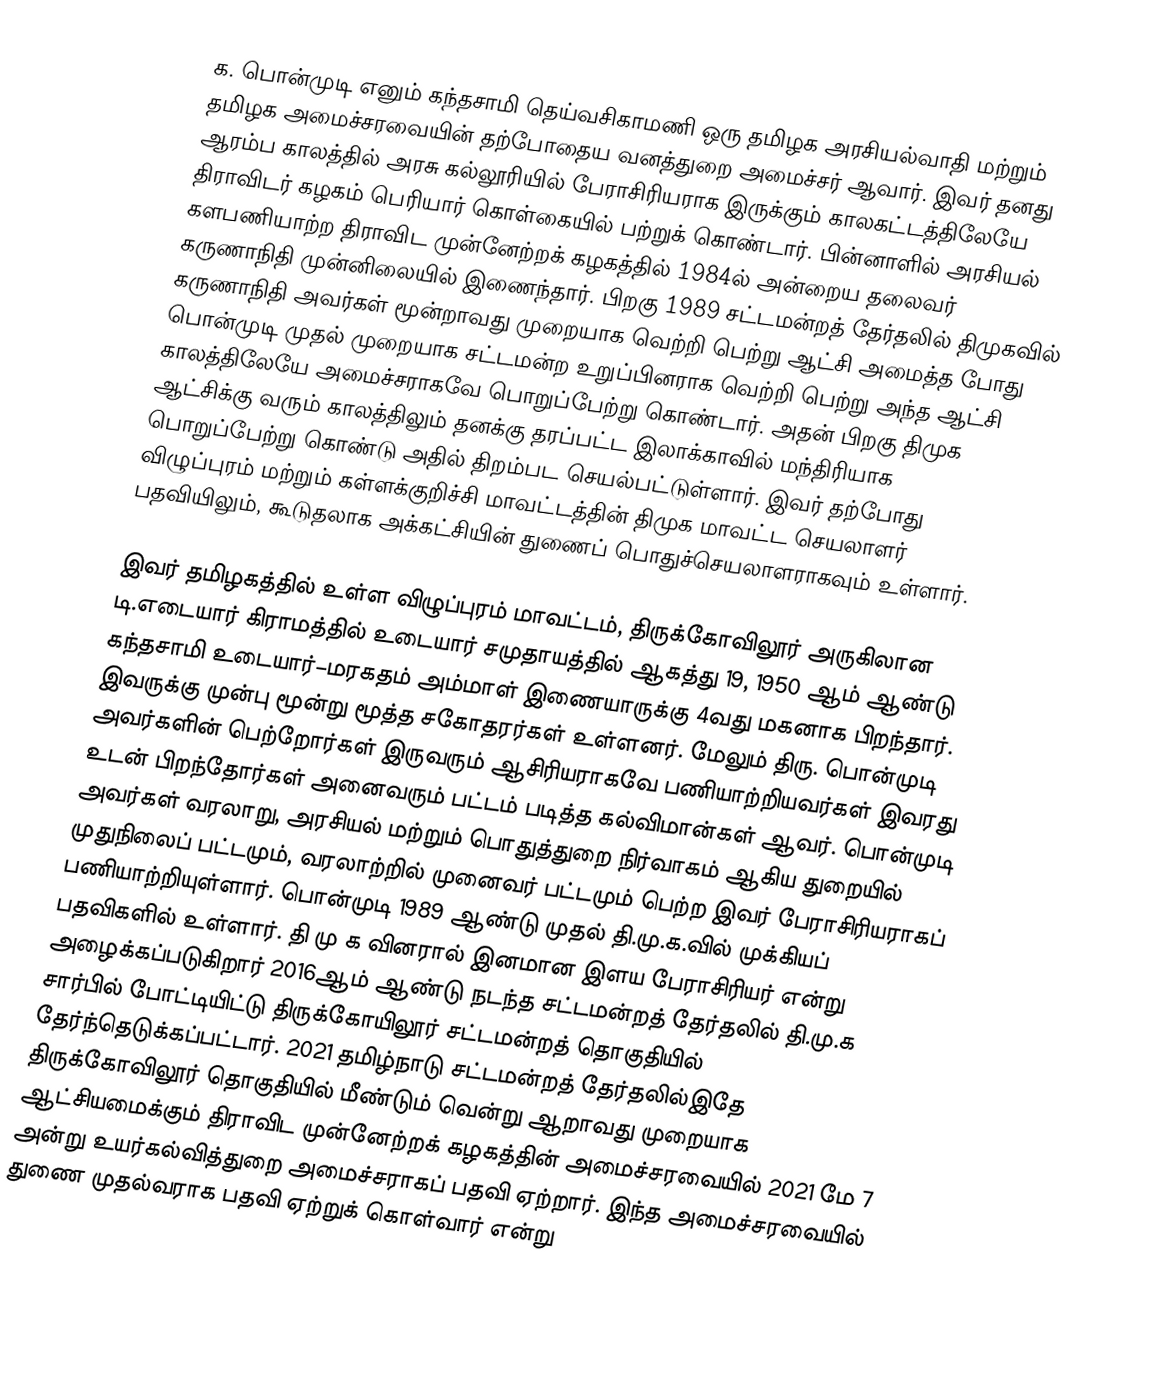
க. பொன்முடி எனும் கந்தசாமி தெய்வசிகாமணி ஒரு தமிழக அரசியல்வாதி மற்றும் தமிழக அமைச்சரவையின் தற்போதைய வனத்துறை அமைச்சர் ஆவார். இவர் தனது ஆரம்ப காலத்தில் அரசு கல்லூரியில் பேராசிரியராக இருக்கும் காலகட்டத்திலேயே திராவிடர் கழகம் பெரியார் கொள்கையில் பற்றுக் கொண்டார். பின்னாளில் அரசியல் களபணியாற்ற திராவிட முன்னேற்றக் கழகத்தில் 1984ல் அன்றைய தலைவர் கருணாநிதி முன்னிலையில் இணைந்தார். பிறகு 1989 சட்டமன்றத் தேர்தலில் திமுகவில் கருணாநிதி அவர்கள் மூன்றாவது முறையாக வெற்றி பெற்று ஆட்சி அமைத்த போது பொன்முடி முதல் முறையாக சட்டமன்ற உறுப்பினராக வெற்றி பெற்று அந்த ஆட்சி காலத்திலேயே அமைச்சராகவே பொறுப்பேற்று கொண்டார். அதன் பிறகு திமுக ஆட்சிக்கு வரும் காலத்திலும் தனக்கு தரப்பட்ட இலாக்காவில் மந்திரியாக பொறுப்பேற்று கொண்டு அதில் திறம்பட செயல்பட்டுள்ளார். இவர் தற்போது விழுப்புரம் மற்றும் கள்ளக்குறிச்சி மாவட்டத்தின் திமுக மாவட்ட செயலாளர் பதவியிலும், கூடுதலாக அக்கட்சியின் துணைப் பொதுச்செயலாளராகவும் உள்ளார்.

இவர் தமிழகத்தில் உள்ள விழுப்புரம் மாவட்டம், திருக்கோவிலூர் அருகிலான டி.எடையார் கிராமத்தில் உடையார் சமுதாயத்தில் ஆகத்து 19, 1950 ஆம் ஆண்டு கந்தசாமி உடையார்–மரகதம் அம்மாள் இணையாருக்கு 4வது மகனாக பிறந்தார். இவருக்கு முன்பு மூன்று மூத்த சகோதரர்கள் உள்ளனர். மேலும் திரு. பொன்முடி அவர்களின் பெற்றோர்கள் இருவரும் ஆசிரியராகவே பணியாற்றியவர்கள் இவரது உடன் பிறந்தோர்கள் அனைவரும் பட்டம் படித்த கல்விமான்கள் ஆவர். பொன்முடி அவர்கள் வரலாறு, அரசியல் மற்றும் பொதுத்துறை நிர்வாகம் ஆகிய துறையில் முதுநிலைப் பட்டமும், வரலாற்றில் முனைவர் பட்டமும் பெற்ற இவர் பேராசிரியராகப் பணியாற்றியுள்ளார். பொன்முடி 1989 ஆண்டு முதல் தி.மு.க.வில் முக்கியப் பதவிகளில் உள்ளார். தி மு க வினரால் இனமான இளய பேராசிரியர் என்று அழைக்கப்படுகிறார்  2016ஆம் ஆண்டு நடந்த சட்டமன்றத் தேர்தலில் தி.மு.க சார்பில் போட்டியிட்டு திருக்கோயிலூர் சட்டமன்றத் தொகுதியில் தேர்ந்தெடுக்கப்பட்டார். 2021 தமிழ்நாடு சட்டமன்றத் தேர்தலில்இதே திருக்கோவிலூர் தொகுதியில் மீண்டும் வென்று ஆறாவது முறையாக ஆட்சியமைக்கும் திராவிட முன்னேற்றக் கழகத்தின் அமைச்சரவையில் 2021 மே 7 அன்று  உயர்கல்வித்துறை அமைச்சராகப் பதவி ஏற்றார். இந்த அமைச்சரவையில் துணை முதல்வராக பதவி ஏற்றுக் கொள்வார் என்று